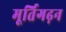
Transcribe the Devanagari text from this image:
मूर्तिगढ़न